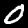
Label: 0